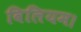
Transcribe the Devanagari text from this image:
विलियम।